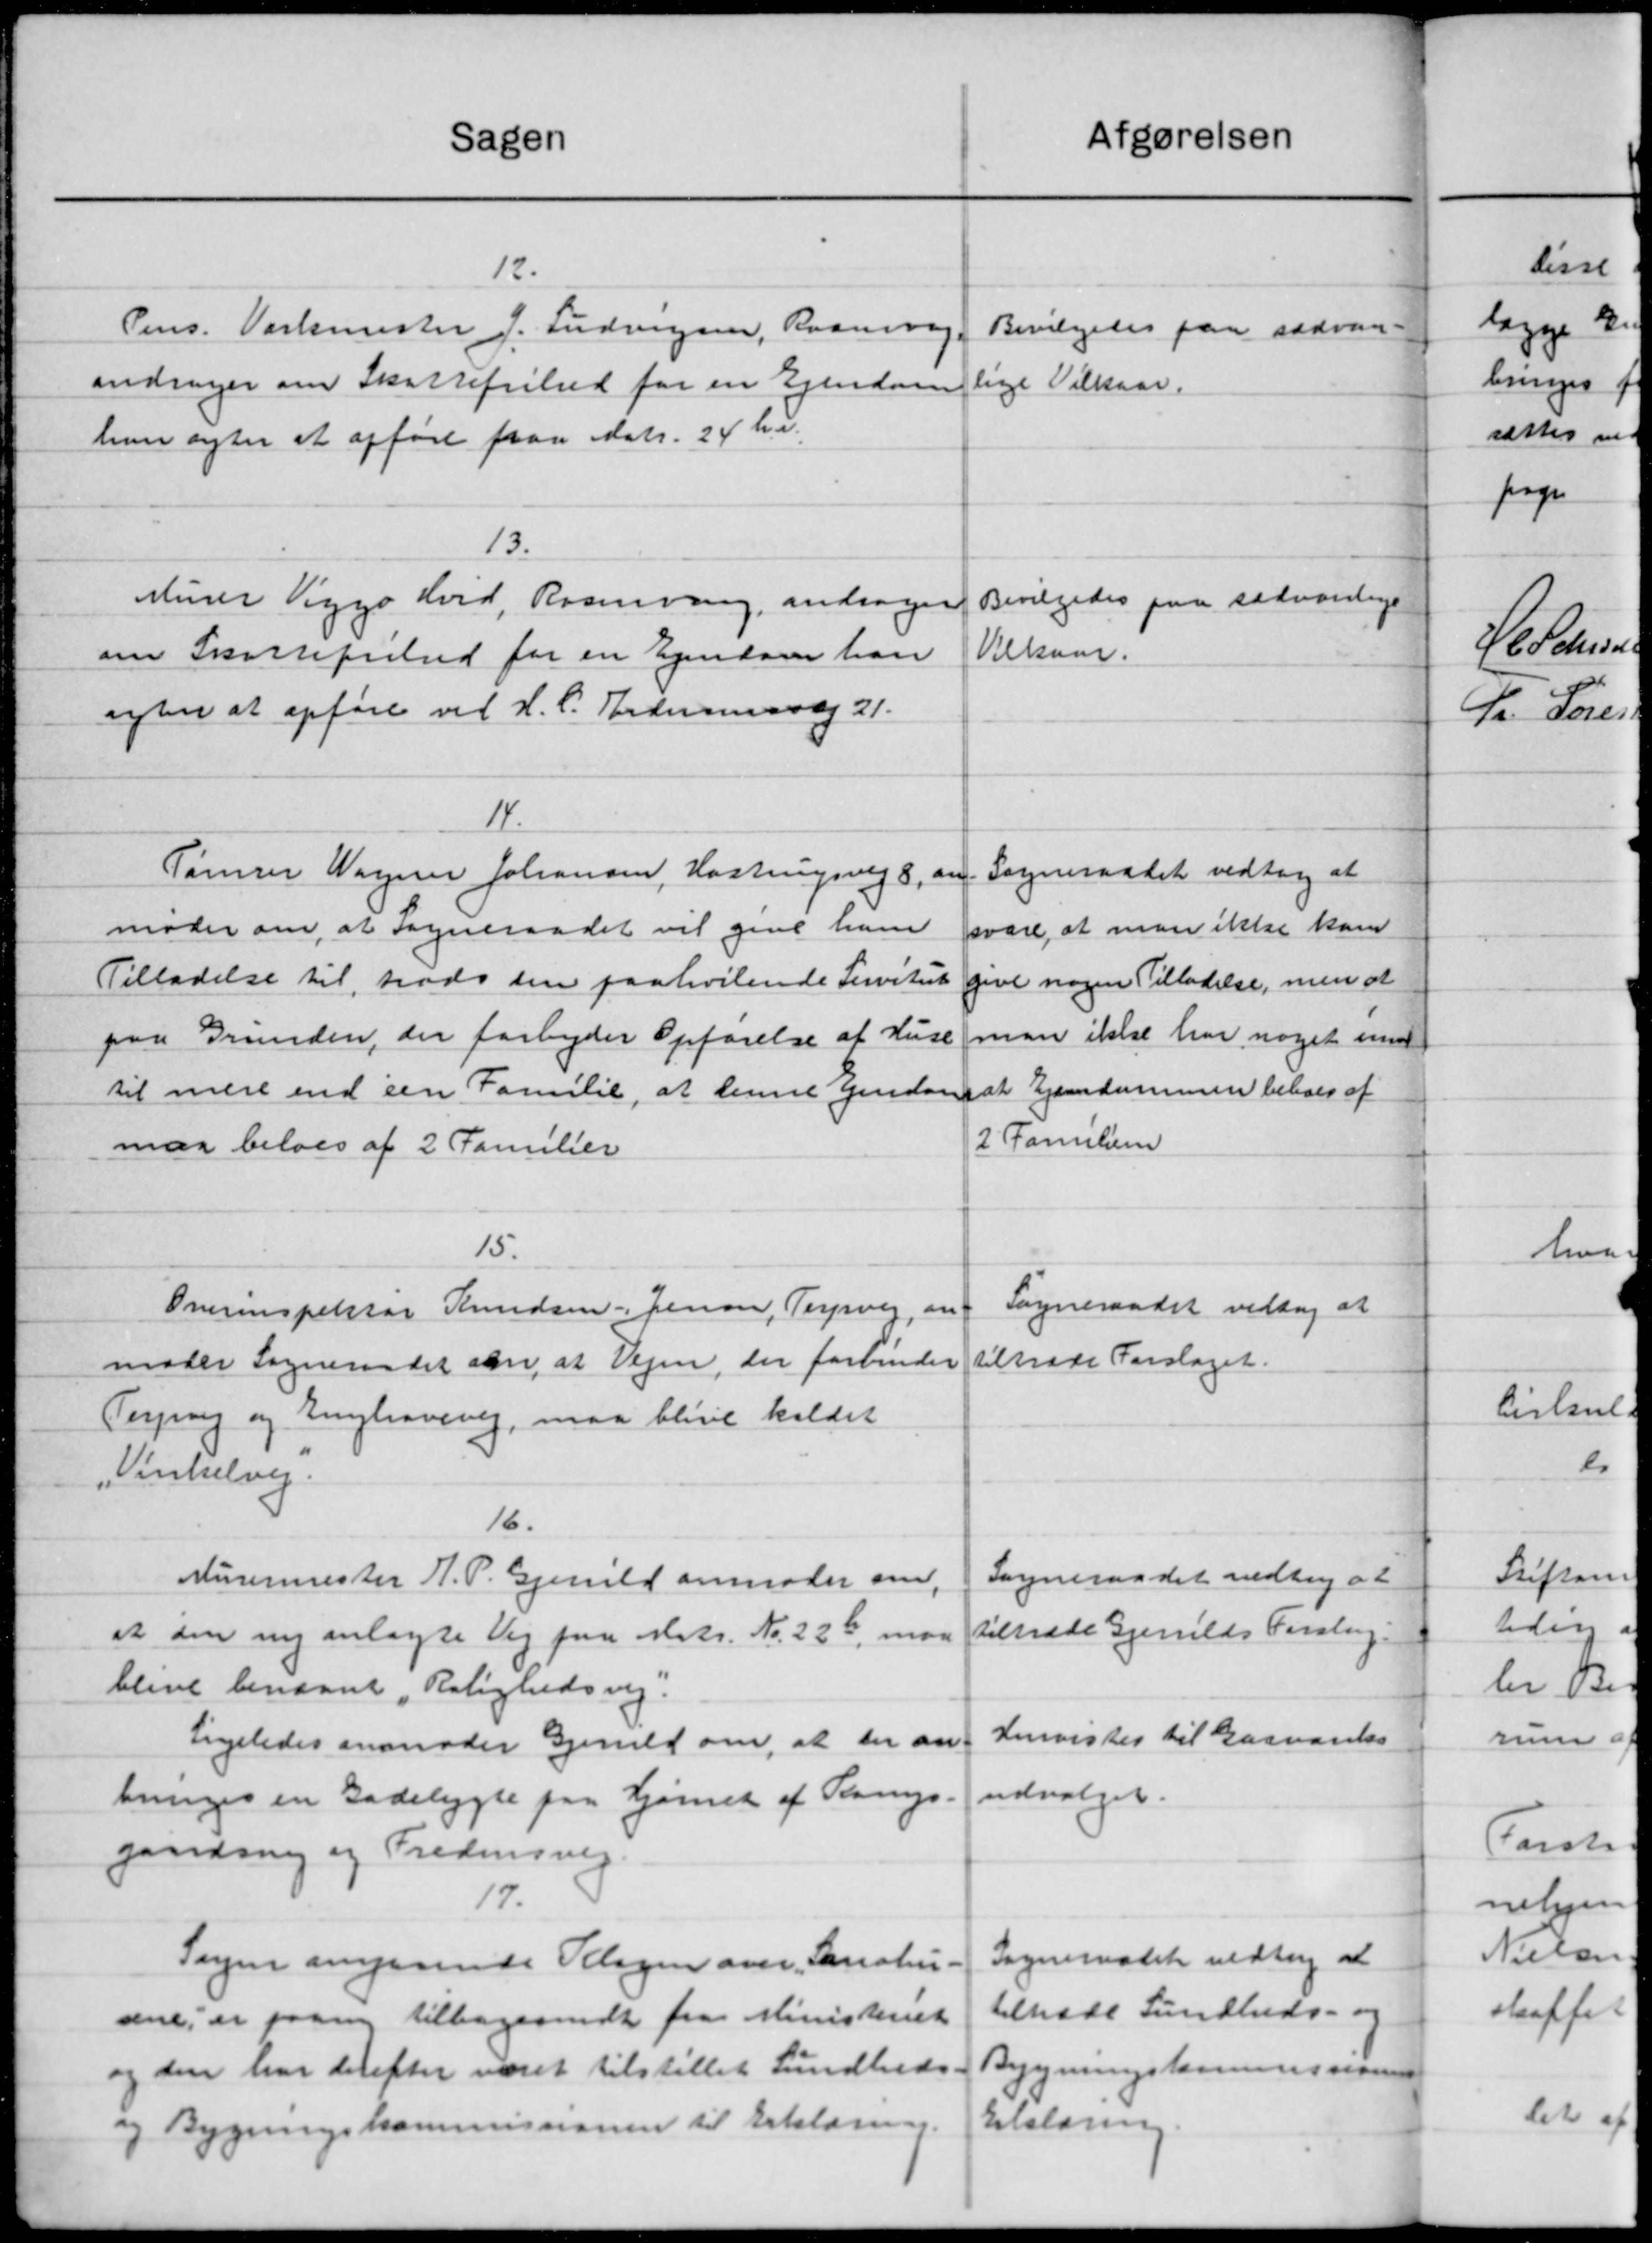
Transskription:
Afgørelsen
Sagen
12.
Pens. Værkmester J. Ludvigsen, Raanvej,
Bevilgedes paa sædvan-
andrager om Skattefrihed for en Ejendom
lige Vilkaar.
hun agter at opført paa Matr. 24 Kr.
13.
Murer Viggo Hvid, Rosenving, andrager
Bevilgedes paa sædvanlige
Nelsaar.
om Skattefrihed for en Ejendom han
agter at opføre ved H.C. Andersmaaag 21.
14.
Sogneraadet vedtog at
Tømrer Wagner Johansen, Hostrupsvej 8, an-
moder om, at Sogneraadet vil give ham
svare, at man ikke kan
Tilladelse til trods den paahvilende Servitut
give nogen Tilladelse, men at
paa Grunden, der forbyder Opførelse af Huse
man ikke har noget med
til mere end een Familie, at denne Ejendom at Ejendommen beboer af
2 Familien
maa beløes af 2 Familier
15.
Sogneraadet vedtog at
Overinspektør Knudsen Jensen, Terpvej, an-
tiltræde Forslaget.
moder Sogneraadet om, at Vejen, der forbinder
Tesorg og Enghavevej, maa blive kaldet
„Vinkelvej.
16.
Sogneraadet vedtog at
Murermester H. P. Gjerild anmoder om,
tiltræde Gjerilds Forslag.
at den ny anlagte Vej paa Matr. No. 226, maa
blive benævnt „Rolighedsvej.
Henvistes til Gasvarels
Ligeledes anmoder Gjerld om, at der an-
udvalget.
bringes en Gadelygte paa Hjørnet af Sangs-
gandring og Fredensvej.
17.
Sogneraadet vedtog at
Sagen angaaende Klagen over Sanatu-
tiltræde Sundheds- og
sne, er paany tilbagesendt fra Ministeriet
Bygningskommissionen
og den har derefter været tilstillet Sundheds
Erklæring.
og Bygningskommissionen til Erklæring.